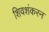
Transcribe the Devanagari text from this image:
शिवशंकरन